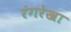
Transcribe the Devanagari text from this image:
रंगरेखा